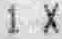
1 X